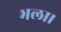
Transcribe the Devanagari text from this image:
भला।